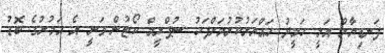
ފަނޑިޔާރު އަލީ ހަމީދު ހައްޔަރުކުރުމަށްފަހު ސުޕްރީމް ކޯޓުން ވަނީ އެ އަމުރުގެ ބޮޑު